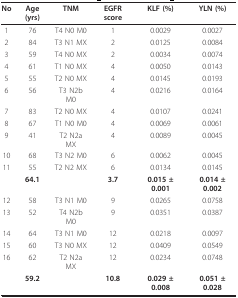
| No | Age (yrs) | TNM | EGFR score | KLF (%) | YLN (%) |
 | --- | --- | --- | --- | --- | --- |
 | 1 | 76 | T4 N0 M0 | 1 | 0.0029 | 0.0027 |
 | 2 | 84 | T3 N1 MX | 2 | 0.0125 | 0.0084 |
 | 3 | 59 | T4 N0 MX | 2 | 0.0034 | 0.0074 |
 | 4 | 61 | T1 N0 MX | 4 | 0.0050 | 0.0143 |
 | 5 | 55 | T2 N0 MX | 4 | 0.0145 | 0.0193 |
 | 6 | 56 | T3 N2b M0 | 4 | 0.0216 | 0.0164 |
 | 7 | 83 | T2 N0 MX | 4 | 0.0107 | 0.0241 |
 | 8 | 67 | T1 N0 M0 | 4 | 0.0069 | 0.0061 |
 | 9 | 41 | T2 N2a MX | 4 | 0.0089 | 0.0045 |
 | 10 | 68 | T3 N2 M0 | 6 | 0.0062 | 0.0045 |
 | 11 | 55 | T2 N2 MX | 6 | 0.0134 | 0.0145 |
 |  | 64.1 |  | 3.7 | 0.015 ± 0.001 | 0.014 ± 0.002 |
 | 12 | 58 | T3 N1 M0 | 9 | 0.0265 | 0.0758 |
 | 13 | 52 | T4 N2b M0 | 9 | 0.0351 | 0.0387 |
 | 14 | 64 | T3 N1 M0 | 12 | 0.0218 | 0.0097 |
 | 15 | 60 | T3 N0 MX | 12 | 0.0409 | 0.0549 |
 | 16 | 62 | T2 N2a MX | 12 | 0.0234 | 0.0748 |
 |  | 59.2 |  | 10.8 | 0.029 ± 0.008 | 0.051 ± 0.028 |